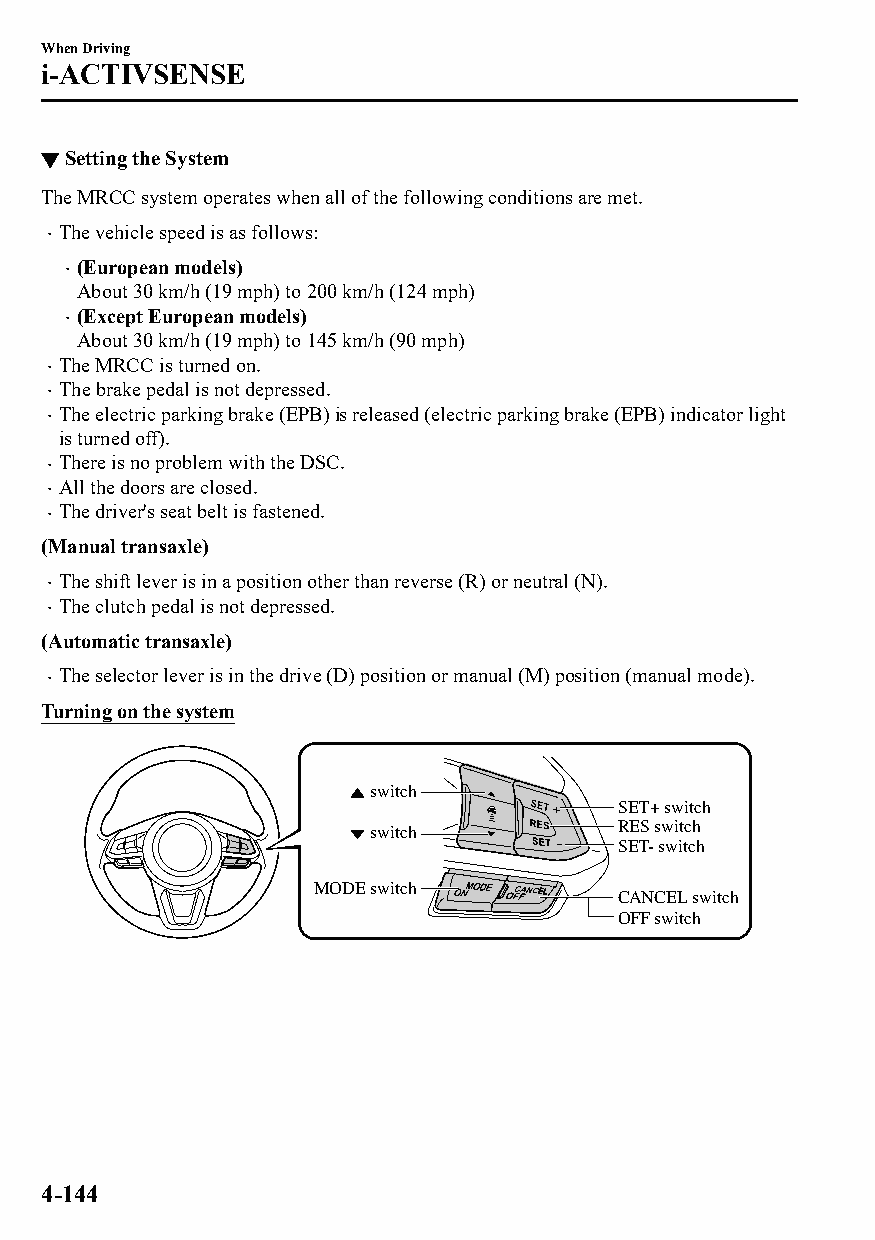
When Driving
 i-ACTIVSENSE
 ▼Setting the System
 The MRCC system operates when all of the following conditions are met.
 The vehicle speed is as follows:
 
 (European models)
 
 About 30 km/h (19 mph) to 200 km/h (124 mph)
 (Except European models)
 
 About 30 km/h (19 mph) to 145 km/h (90 mph)
 The MRCC is turned on.
 
 The brake pedal is not depressed.
 
 The electric parking brake (EPB) is released (electric parking brake (EPB) indicator light
 
 is turned off).
 There is no problem with the DSC.
 
 All the doors are closed.
 
 The driver's seat belt is fastened.
 
 (Manual transaxle)
 The shift lever is in a position other than reverse (R) or neutral (N).
 
 The clutch pedal is not depressed.
 
 (Automatic transaxle)
 The selector lever is in the drive (D) position or manual (M) position (manual mode).
 
 Turning on the system
 switch
 SET+ switch
 switch           RES switch
 SET- switch
 MODE switch
 CANCEL switch
 OFF switch
 4-144
 CX-3_8GT4-EE-18D_Edition4                  2018-9-6 18:32:19